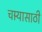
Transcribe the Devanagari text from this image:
चार्‍यासाठी